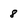
Character: 8